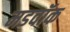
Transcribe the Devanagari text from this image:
मडवॉक